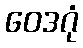
ဝေဒဂုံ